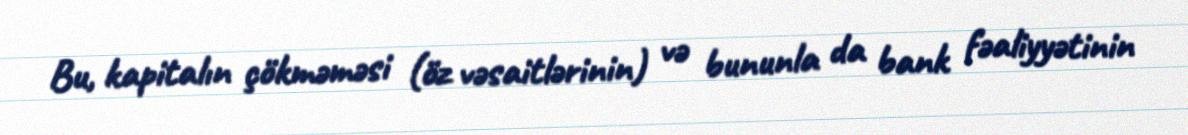
Bu, kapitalın çökməməsi (öz vəsaitlərinin) və bununla da bank fəaliyyətinin